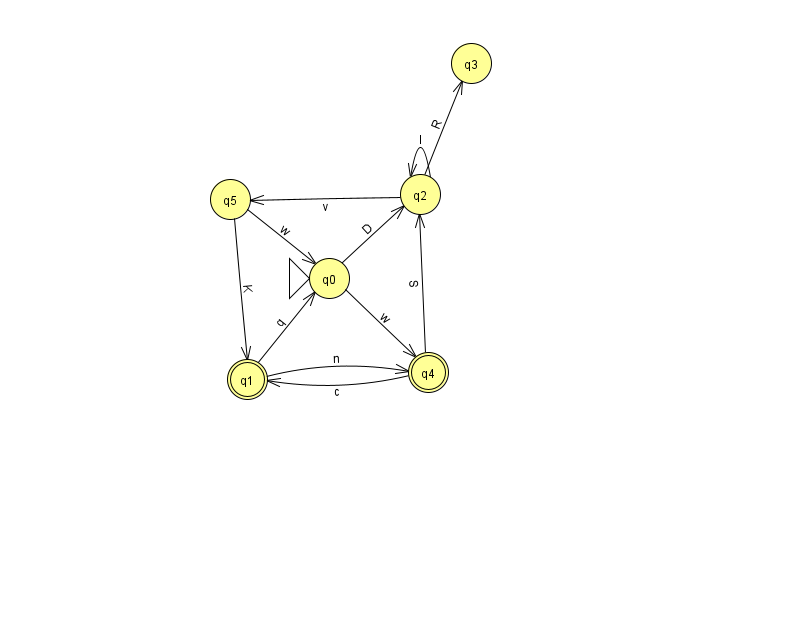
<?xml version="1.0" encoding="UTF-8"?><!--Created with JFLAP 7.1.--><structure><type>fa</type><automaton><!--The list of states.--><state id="0" name="q0"><x>329.0</x><y>265.0</y><initial/></state><state id="1" name="q1"><x>247.0</x><y>366.0</y><final/></state><state id="2" name="q2"><x>420.0</x><y>181.0</y></state><state id="3" name="q3"><x>471.0</x><y>50.0</y></state><state id="4" name="q4"><x>428.0</x><y>359.0</y><final/></state><state id="5" name="q5"><x>230.0</x><y>186.0</y></state><!--The list of transitions.--><transition><from>1</from><to>4</to><read>n</read></transition><transition><from>4</from><to>2</to><read>S</read></transition><transition><from>0</from><to>4</to><read>w</read></transition><transition><from>2</from><to>5</to><read>v</read></transition><transition><from>5</from><to>1</to><read>K</read></transition><transition><from>0</from><to>2</to><read>D</read></transition><transition><from>5</from><to>0</to><read>w</read></transition><transition><from>2</from><to>3</to><read>R</read></transition><transition><from>1</from><to>0</to><read>q</read></transition><transition><from>2</from><to>2</to><read>l</read></transition><transition><from>4</from><to>1</to><read>c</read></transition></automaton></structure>